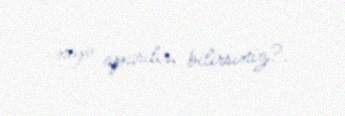
niyə aparılır, bilirsiniz?.